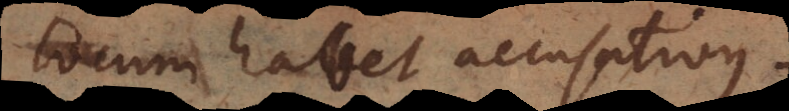
locum habet accusativus.